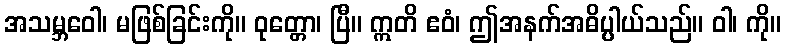
အသမ္ဘဝေါ၊ မဖြစ်ခြင်းကို။ ဝုတ္တော၊ ပြီ။ ဣတိ ဧဝံ၊ ဤအနက်အဓိပ္ပါယ်သည်။ ဝါ၊ ကို။